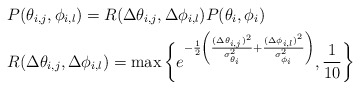
\begin{align*}&P(\theta_{i,j},\phi_{i,l}) = R(\Delta \theta_{i,j},\Delta \phi_{i,l}) P(\theta_i,\phi_i)\\&R(\Delta \theta_{i,j},\Delta \phi_{i,l}) = \max \bigg\{ e^{-\frac{1}{2}\left(\frac{(\Delta \theta_{i,j})^2}{\sigma_{\theta_{i}}^2}+\frac{(\Delta \phi_{i,l})^2}{\sigma_{\phi_{i}}^2}\right) }, \frac{1}{10} \bigg\}\end{align*}